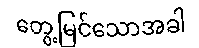
တွေ့မြင်သောအခါ